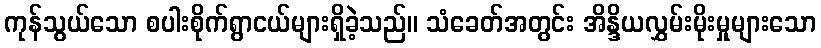
ကုန်သွယ်သော စပါးစိုက်ရွာငယ်များရှိခဲ့သည်။ သံခေတ်အတွင်း အိန္ဒိယလွှမ်းမိုးမှုများသော